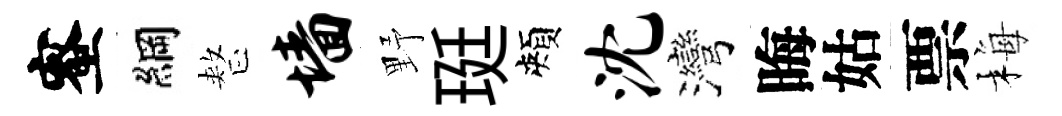
蜜綱整墙野珽頰沈灣晦姑票梅